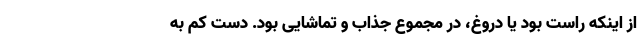
از اینکه راست بود یا دروغ، در مجموع جذاب و تماشایی بود. دست کم به